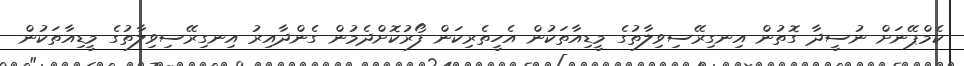
ކެމްޕޭނަށް ނުސީދާ ގޮތުން އިނގިރޭސިވިލާތުގެ މީޑިއާތަކުން އެހީތެރިކަން ފޯރުކޮށްދެމުން ގެންދާއިރު އިނގިރޭސިވިލާތުގެ މީޑިއާތަކުން